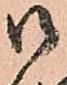
御